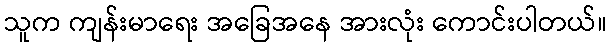
သူက ကျန်းမာရေး အခြေအနေ အားလုံး ကောင်းပါတယ်။